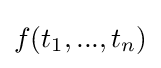
f(t_{1},...,t_{n})